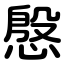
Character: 慇